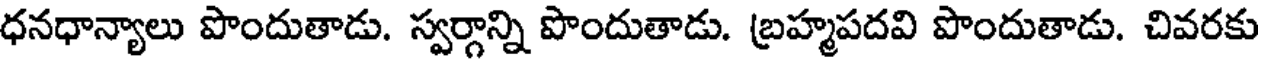
ధనధాన్యాలు పొందుతాడు. స్వర్గాన్ని పొందుతాడు. బ్రహ్మపదవి పొందుతాడు. చివరకు